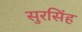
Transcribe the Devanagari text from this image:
सुरसिंह